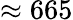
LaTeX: \approx 665